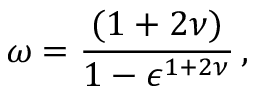
\omega = { \frac { ( 1 + 2 \nu ) } { 1 - \epsilon ^ { 1 + 2 \nu } } } \, ,